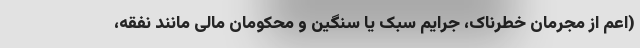
(اعم از مجرمان خطرناک، جرایم سبک یا سنگین و محکومان مالی مانند نفقه،